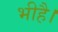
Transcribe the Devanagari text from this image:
भीहै।